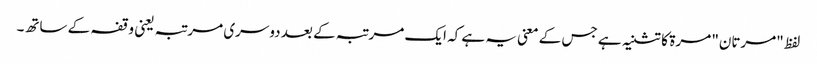
لفظ "مرتان" مرۃ کا تثنیہ ہے جس کے معنی یہ ہے کہ ایک مرتبہ کے بعد دوسری مرتبہ یعنی وقفہ کے ساتھ۔